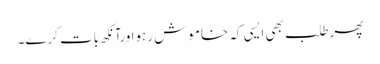
پھرطلب بھی ایسی کہ خاموش رہواورآنکھ بات کرے۔